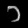
Digit: ၁